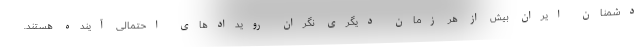
دشمنان ایران بیش از هر زمان دیگری نگران رویدادهای احتمالی آینده هستند.